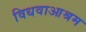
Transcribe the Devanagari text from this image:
विधवाआश्रम